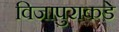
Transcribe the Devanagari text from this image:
विजापुराकडे